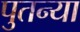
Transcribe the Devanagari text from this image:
पुतन्या